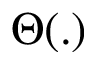
\Theta ( . )